Leaving Certificate Examination (including Day School Certificate (Higher) General paper), 1939
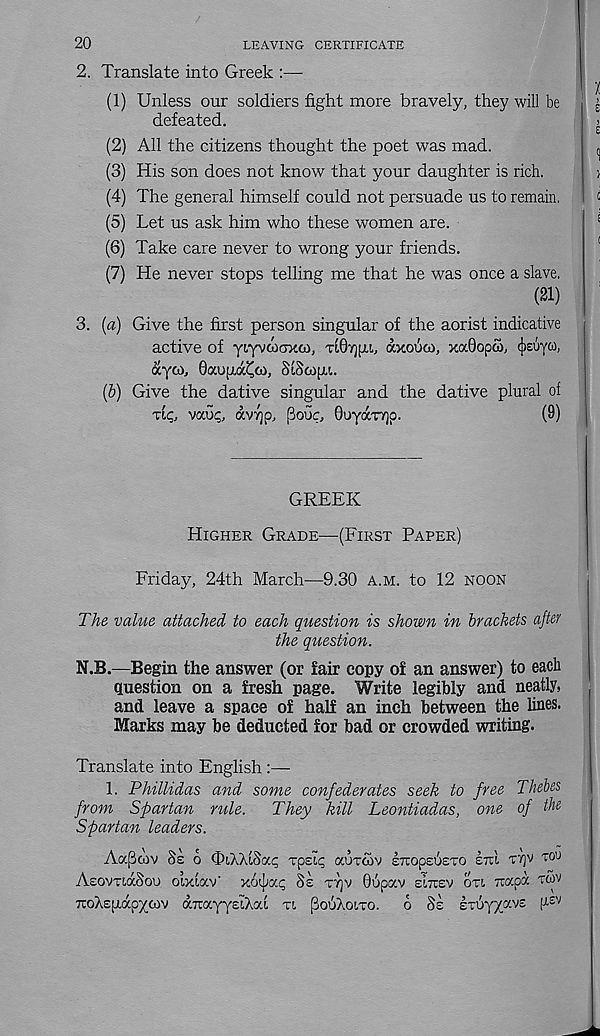
20
LEAVING CERTIFICATE
2. Translate into Greek :—
(1) Unless our soldiers fight more bravely, they will be
defeated.
(2) All the citizens thought the poet was mad.
(3) His son does not know that your daughter is rich.
(4) The general himself could not persuade us to remain.
(5) Let us ask him who these women are.
(6) Take care never to wrong your friends.
(7) He never stops telling me that he was once a slave.
(21)
3. (a) Give the first person singular of the aorist indicative
active of ytYvcocrxco, Tt0Y]fxi, axobio, xaBopco, (jisuyw,
ayco, Oaupa^w, SiScopu.
(b) Give the dative singular and the dative plural of
vaoc, avrjo, poor, Quyar/jp.
(9)
GREEK
HIGHER GRADE—(FIRST PAPER)
Friday, 24th March—9.30 A.M. to 12 NOON
The value attached to each question is shown in brackets after
the question.
N.B.—Begin the answer (or fair copy of an answer) to each
question on a fresh page. Write legibly and neatly,
and leave a space of half an inch between the lines.
Marks may be deducted for bad or crowded writing.
Translate into English :—
1. Phillidas and some confederates seek to free Thebes
from Spartan rule. They kill Leontiadas, one of the
Spartan leaders.
Aapwv Ss 6 cHXAtSat; xpsit; auxcov IruopeueTO eirl TTJV TOU
AeovuaSou oixiccv' xotjjap Ss TTJV 06pav sirtsv on Ttapa TCOV
TCoXspapycov (XTrayysIXat TI POIJXOITO. O SZ sTuyyavs [r^v